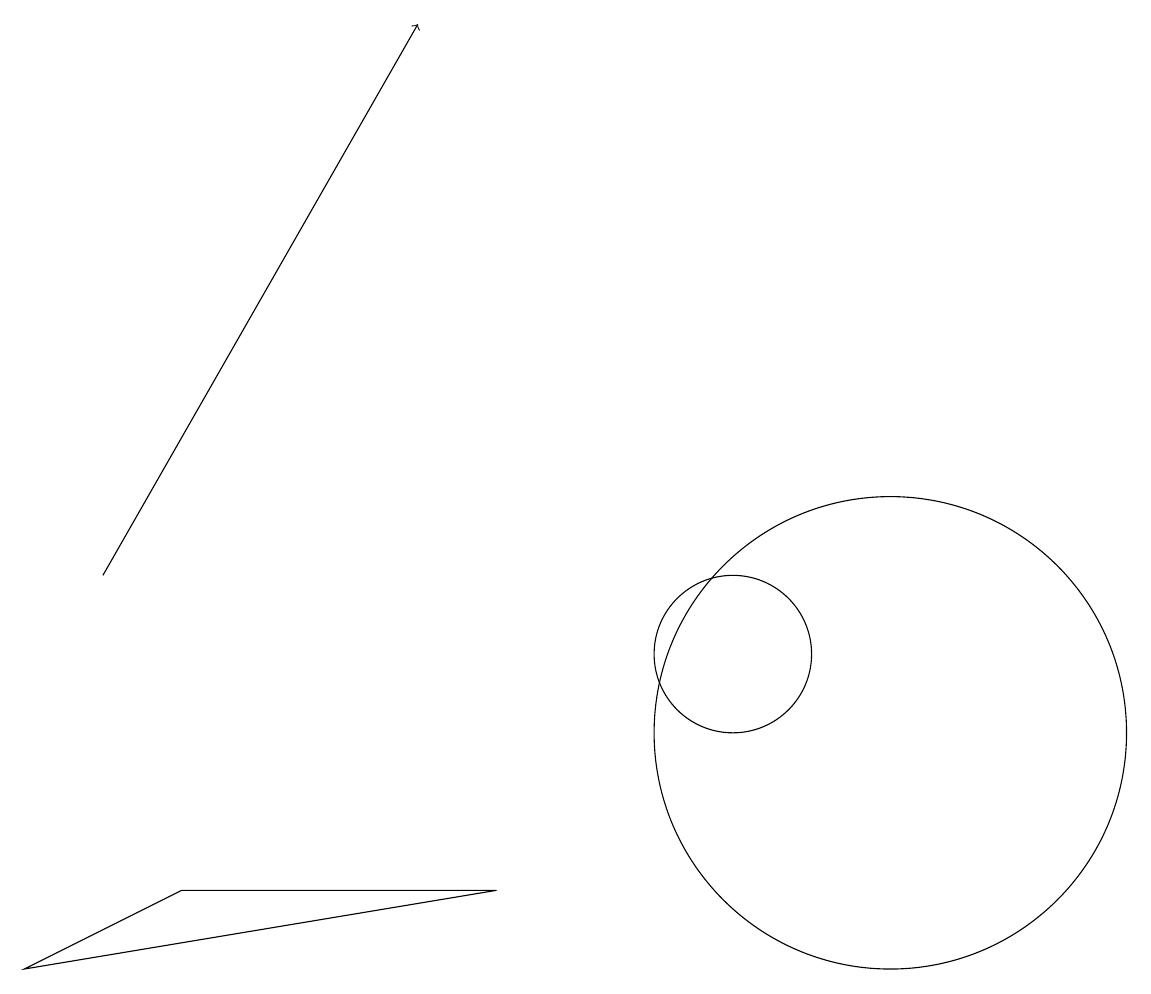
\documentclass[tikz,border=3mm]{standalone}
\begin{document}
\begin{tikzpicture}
\draw[->] (2,12) -- (6,19);
\draw (12,10) circle (3);
\draw (1,7) -- (3,8) -- (7,8) -- cycle;
\draw (10,11) circle (1);
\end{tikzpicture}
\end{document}